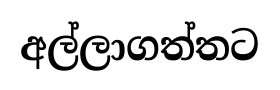
අල්ලාගත්තට